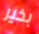
بخير